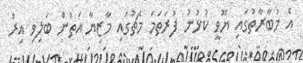
އެ މުބާރާތުގައި ޔޫވީ ކުޅުނު ފުރަތަމަ މެޗުގައި މާޒިޔާ އަތުން ބަލިވި އިރު